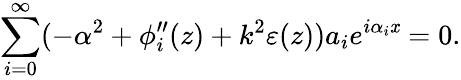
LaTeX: \sum_{i=0}^{\infty}(-\alpha^{2}+\phi_{i}^{\prime\prime}(z)+k^{2}\varepsilon(z))a_{i}e^{i\alpha_{i}\mathit{x}}=0.